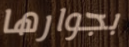
بجوارها